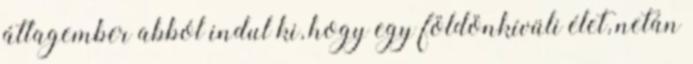
átlagember abból indul ki, hogy egy földönkívüli élet, netán